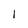
Character: 1